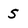
Character: S